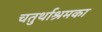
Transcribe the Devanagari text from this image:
चतुर्थाश्रमका